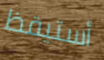
أستيقظ